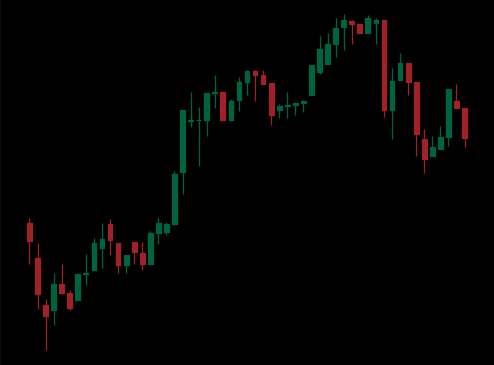
Pattern: bear_flag